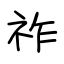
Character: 祚